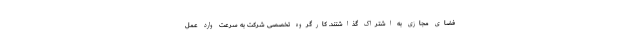
فضای مجازی به اشتراک گذاشتند. کارگروه تخصصی شرکت به سرعت وارد عمل